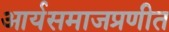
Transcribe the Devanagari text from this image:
आर्यसमाजप्रणीत